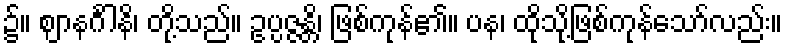
၌။ ဈာနင်္ဂါနိ၊ တို့သည်။ ဥပ္ပဇ္ဇန္တိ၊ ဖြစ်ကုန်၏။ ပန၊ ထိုသို့ဖြစ်ကုန်သော်လည်း။